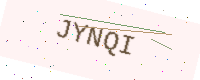
Text: JYNQI